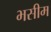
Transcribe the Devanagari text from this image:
भसीम